Rangoon Lunatic Asylum 1878-1892 - 1878-1892
Year: 1878
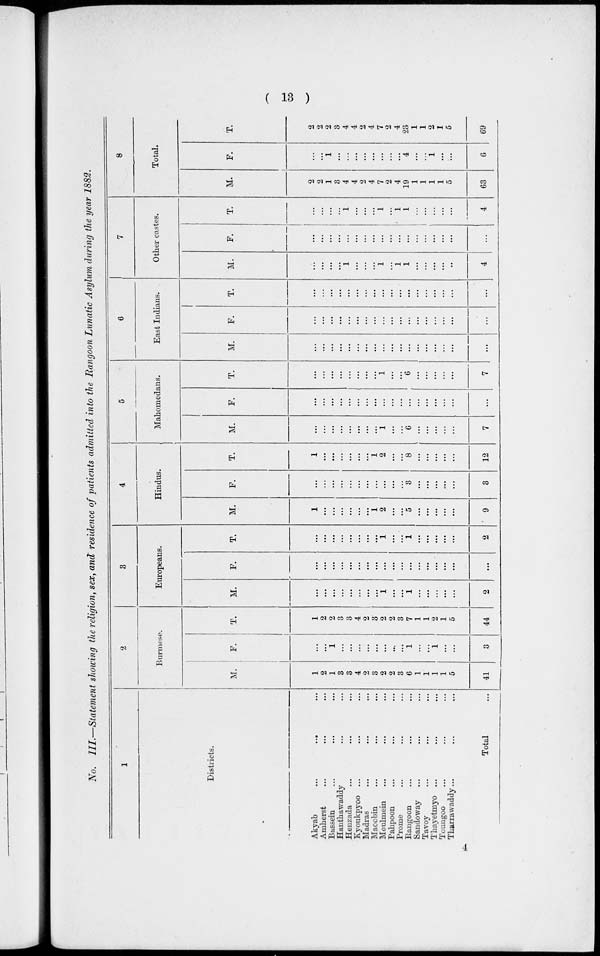
( 13 )
No. III.—Statement showing the religion, sex, and residence of patients admitted into the Rangoon Lunatic Asylum during the year 1882.
1
Districts.
Akyab ... ... ...
Amherst ... ... ...
Bassein ... ... ...
Hanthawaddy ... ...
Henzada ... ... ...
Kyoukpyoo ... ... ...
Madras ... ... ...
Maoobin ... ... ...
Moulmein ... ... ...
Pahpoon ... ... ...
Prome ... ... ...
Rangoon ... ... ...
Sandoway ... ... ...
Tavoy ... ... ...
Thayetmyo ... ... ...
Toungoo ... ... ...
Tharrawaddy... ... ...
Total ...
2
Burmese.
M.
1
2
1
3
3
4
2
3
2
2
3
6
1
1
1
1
5
41
F.
...
...
1
...
...
...
...
...
...
...
...
1
...
...
1
...
...
3
T.
1
2
2
3
3
4
2
3
2
2
3
7
1
1
2
1
5
44
3
Europeans.
M.
...
...
...
...
...
...
...
...
1
...
...
1
...
...
...
...
...
2
F.
...
...
...
...
...
...
...
...
...
...
...
...
...
...
...
..
...
...
T.
...
...
...
...
...
...
...
...
1
...
...
1
...
...
...
..
...
2
4
Hindus.
M.
1
...
...
...
...
...
...
1
2
...
...
5
...
...
...
...
...
9
F.
...
...
...
...
...
...
...
...
...
...
...
3
...
...
...
...
...
3
T.
1
...
...
...
...
...
...
1
2
...
...
8
...
...
...
...
...
12
5
Mahomedans.
M.
...
...
...
...
...
...
...
...
1
...
...
6
...
...
...
...
...
7
F.
...
...
...
...
...
...
...
...
...
...
...
...
...
...
...
...
...
...
T.
...
...
...
...
...
...
...
...
1
...
...
6
...
...
...
...
...
7
6
East Indians.
M.
...
...
...
...
...
...
...
...
...
...
...
...
...
...
...
...
...
...
F.
...
...
...
...
...
...
...
...
...
...
...
...
...
...
...
...
...
...
T.
...
...
...
...
...
...
...
...
...
...
...
...
...
...
...
...
...
...
7
Other castes.
M.
...
...
...
...
1
...
...
...
1
...
1
1
...
...
...
...
...
4
F.
...
...
...
...
...
...
...
...
...
...
...
...
...
...
...
...
...
...
T.
...
...
...
...
1
...
...
...
1
...
1
1
...
...
...
...
...
4
8
Total.
M.
2
2
1
3
4
4
2
4
7
2
4
19
1
1
1
1
5
63
F.
...
...
1
...
...
...
...
...
...
...
...
4
...
...
1
...
...
6
T.
2
2
2
3
4
4
2
4
7
2
4
23
1
1
2
1
5
69